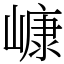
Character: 嵻